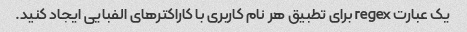
یک عبارت regex برای تطبیق هر نام کاربری با کاراکترهای الفبایی ایجاد کنید.